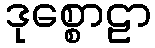
ဒုစ္စောဠာ